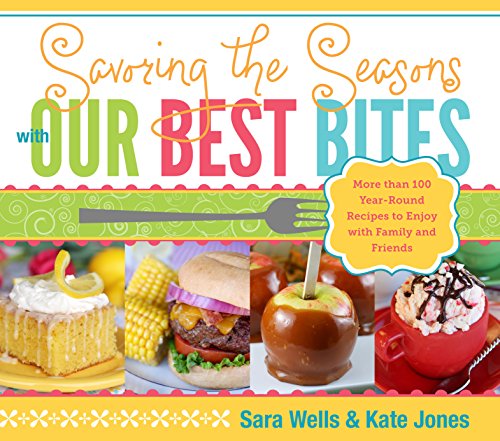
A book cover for Savoring the Seasons With Our Best Bites; Sara Wells; Crafts, Hobbies & Home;